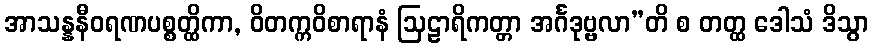
အာသန္နနီဝရဏပစ္စတ္ထိကာ, ဝိတက္ကဝိစာရာနံ ဩဠာရိကတ္တာ အင်္ဂဒုဗ္ဗလာ”တိ စ တတ္ထ ဒေါသံ ဒိသွာ